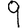
Digit: 9